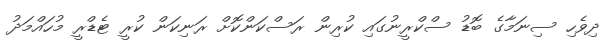
ދިވެހި ސިނަމާގެ ބޮޑު ސްކްރީނުގައި ކުރިން ރަސްކަންކޮށް ރަނިކަން ކުރީ ޓެޑްރީ މުހައްމަދު